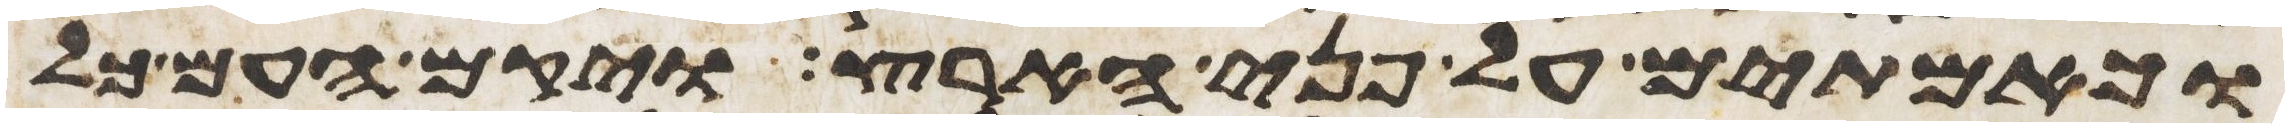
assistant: וכאמתים על פני הארץ ויקם העם כל